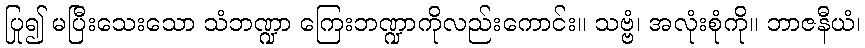
ပြု၍ မပြီးသေးသော သံဘဏ္ဍာ ကြေးဘဏ္ဍာကိုလည်းကောင်း။ သဗ္ဗံ၊ အလုံးစုံကို။ ဘာဇနီယံ၊